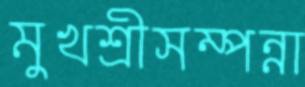
মুখশ্রীসম্পন্না